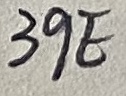
Text: 39E